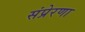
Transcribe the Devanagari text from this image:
संप्रेरणा